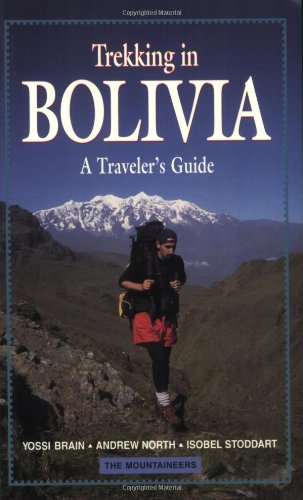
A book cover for Trekking in Bolivia: A Traveler's Guide; Yossi Brain; Travel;